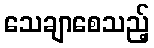
သေချာစေသည့်